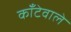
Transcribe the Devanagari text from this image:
काँटेवाले